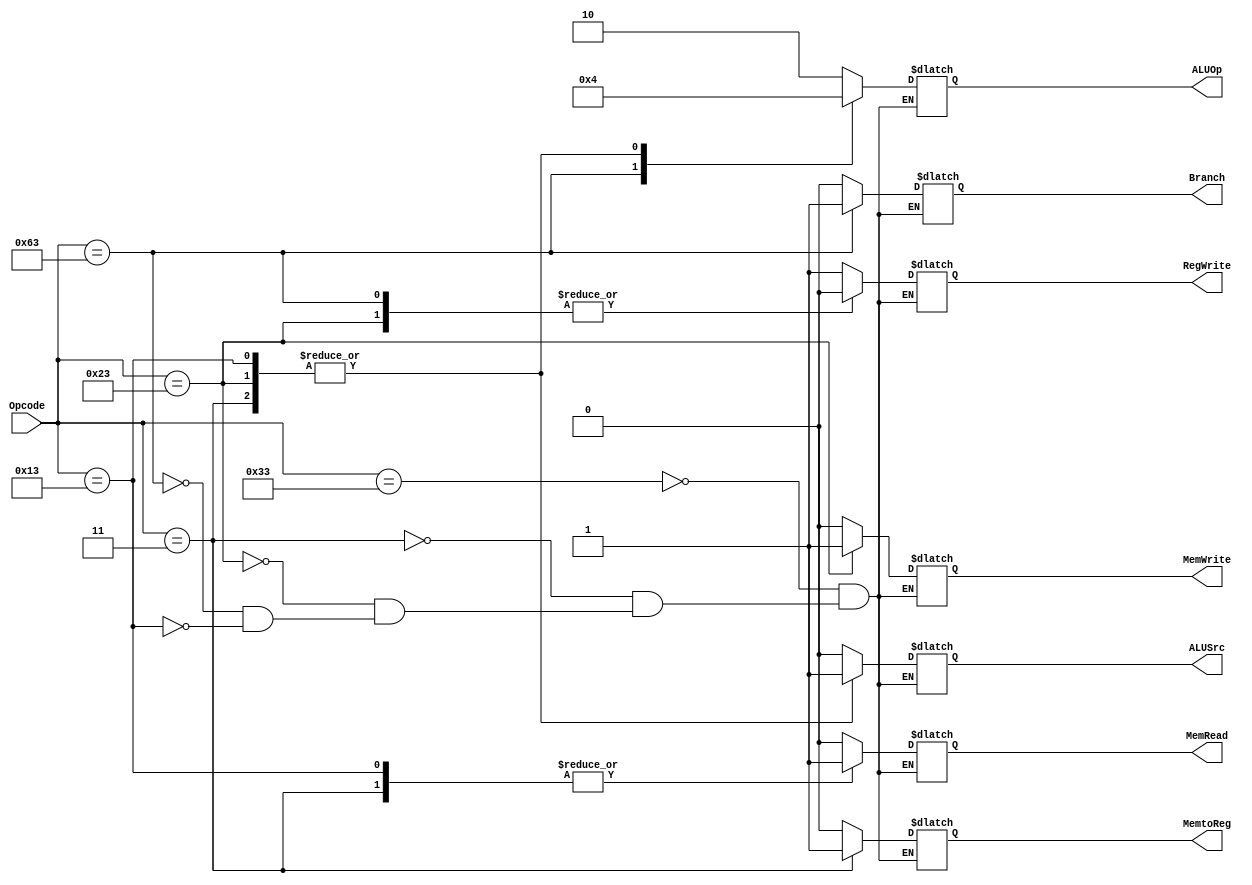
module Control_Unit(
input [6:0] Opcode,
output reg Branch, MemRead, MemtoReg, MemWrite, ALUSrc, RegWrite,
output reg [1:0] ALUOp
);

always@(*)
begin
	case(Opcode)
		7'b0110011:
		begin
			Branch = 1'b0;
			MemRead = 1'b0;
			MemtoReg = 1'b0;
			MemWrite = 1'b0;
			ALUSrc = 1'b0;
			RegWrite = 1'b1;
			ALUOp = 2'b10;	
		end
		
		7'b0000011:
		begin
			Branch = 1'b0;
			MemRead = 1'b1;
			MemtoReg = 1'b1;
			MemWrite = 1'b0;
			ALUSrc = 1'b1;
			RegWrite = 1'b1;
			ALUOp = 2'b00;
		end
		
		7'b0100011:
		begin
			Branch = 1'b0;
			MemRead = 1'b0;
			MemtoReg = 1'bx;
			MemWrite = 1'b1;
			ALUSrc = 1'b1;
			RegWrite = 1'b0;
			ALUOp = 2'b00;
		end
		
		7'b1100011:
		begin
			Branch = 1'b1;
			MemRead = 1'b0;
			MemtoReg = 1'bx;
			MemWrite = 1'b0;
			ALUSrc = 1'b0;
			RegWrite = 1'b0;
			ALUOp = 2'b01;
		end
		
		7'b0010011:
		begin
			Branch = 1'b0;
			MemRead = 1'b1;
			MemtoReg = 1'b0;
			MemWrite = 1'b0;
			ALUSrc = 1'b1;
			RegWrite = 1'b1;
			ALUOp = 2'b00;
		end
	endcase
end
endmodule